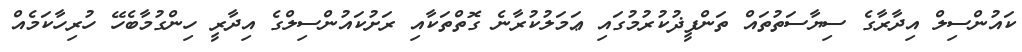
ކައުންސިލް އިދާރާގެ ސިޔާސަތުތައް ތަންފީޛުކުރުމުގައި ޢަމަލުކުރާނެ ގޮތްތަކާއި ރަށުކައުންސިލްގެ އިދާރީ ހިންގުމާބެހޭ ހުރިހާކަމެއް